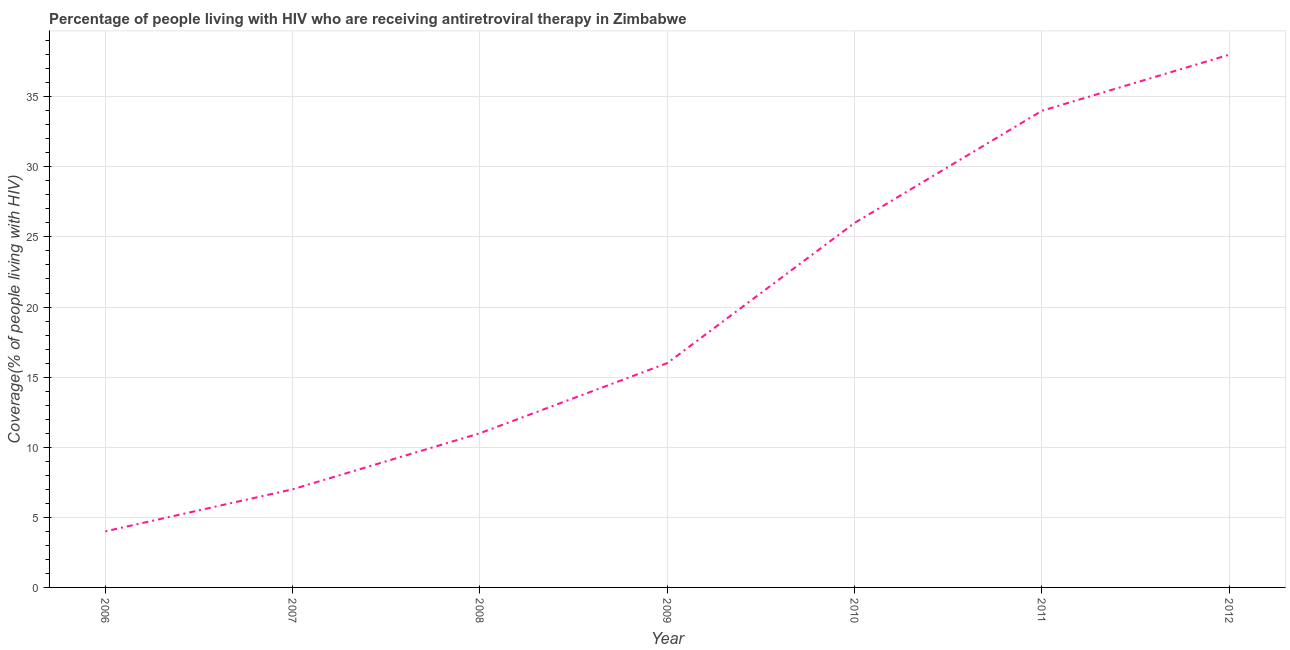
| Year | Antiretroviral therapy coverage |
 | --- | --- |
 | 2006 | 4 |
 | 2007 | 7 |
 | 2008 | 11 |
 | 2009 | 16 |
 | 2010 | 26 |
 | 2011 | 34 |
 | 2012 | 38 |